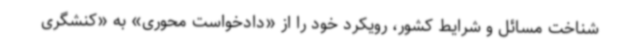
شناخت مسائل و شرایط کشور، رویکرد خود را از «دادخواست محوری» به «کنشگری